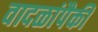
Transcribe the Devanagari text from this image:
वादळांपैकी